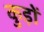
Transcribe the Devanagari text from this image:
कुड़ों